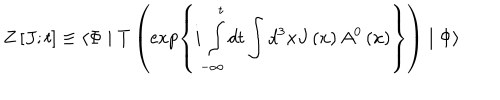
LaTeX: Z \left[ J ; t \right] \equiv \langle \Phi \mid T \left( \exp \left\{ i \int _ { - \infty } ^ { t } d t \int d ^ { 3 } x J \left( x \right) A ^ { 0 } \left( x \right) \right\} \right) \mid \Phi \rangle